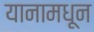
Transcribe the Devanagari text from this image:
यानामधून